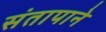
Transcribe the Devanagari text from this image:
संतापाने